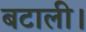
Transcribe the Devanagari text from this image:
बटाली।